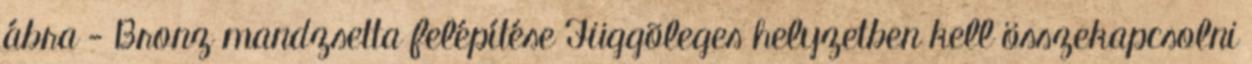
ábra - Bronz mandzsetta felépítése Függõleges helyzetben kell összekapcsolni